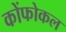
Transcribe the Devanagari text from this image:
कोंफोकल